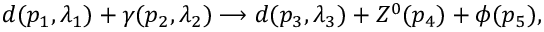
d ( p _ { 1 } , \lambda _ { 1 } ) + \gamma ( p _ { 2 } , \lambda _ { 2 } ) \longrightarrow d ( p _ { 3 } , \lambda _ { 3 } ) + Z ^ { 0 } ( p _ { 4 } ) + \phi ( p _ { 5 } ) ,